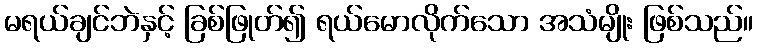
မရယ်ချင်ဘဲနှင့် ခြစ်ဖြုတ်၍ ရယ်မောလိုက်သော အသံမျိုး ဖြစ်သည်။